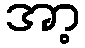
အာ့